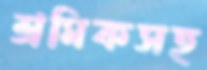
শ্রমিকসহ